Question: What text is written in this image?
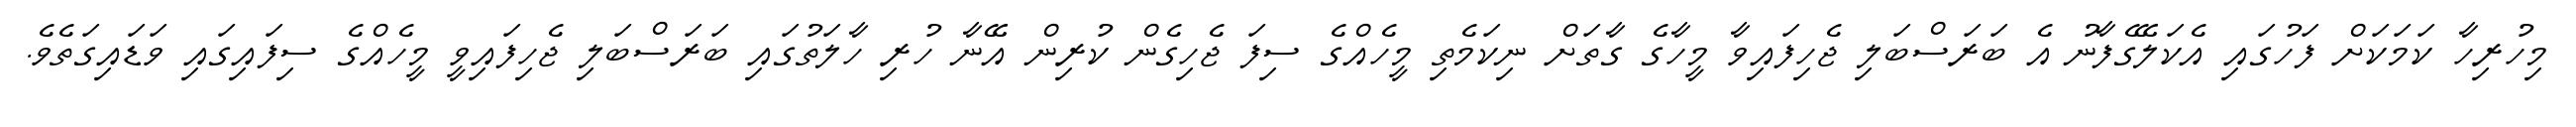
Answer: މިހުރިހާ ކަމަކަށް ފަހުގައި އެކަލޭގެފާނު އެ ބަރަސްބަލި ޖެހިފައިވާ މީހާގެ ގާތަށް ނިކަމެތި މީހެއްގެ ސިފަ ޖެހިގެން ކުރިން އޭނާ ހުރި ހާލަތުގައި ބަރަސްބަލި ޖެހިފައިވީ މީހެއްގެ ސިފައިގައި ވަޑައިގަތެވެ.